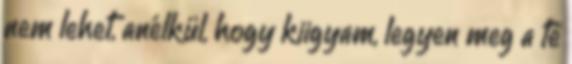
nem lehet, anélkül, hogy kiigyam, legyen meg a te